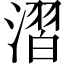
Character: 漝